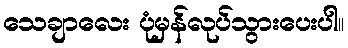
သေချာလေး ပုံမှန်လုပ်သွားပေးပါ။